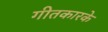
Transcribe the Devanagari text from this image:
गीतकारके